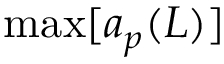
\operatorname* { m a x } [ a _ { p } ( L ) ]